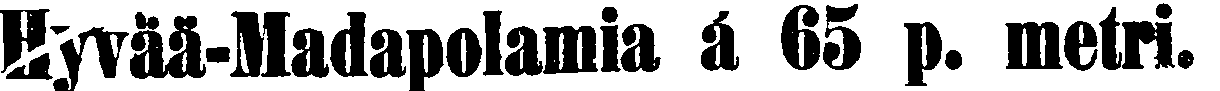
Hyvää-Madapolamia á 65 p. metri.